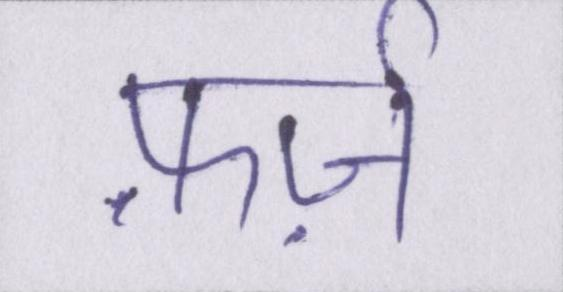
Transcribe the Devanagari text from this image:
फ़र्ज़